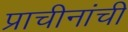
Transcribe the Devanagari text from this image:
प्राचीनांची